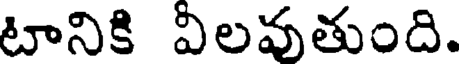
టానికి విలవుతుంది.